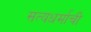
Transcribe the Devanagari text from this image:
सत्यधर्माची